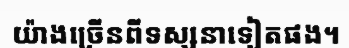
យ៉ាងច្រើនពីទស្សនាទៀតផង។